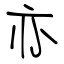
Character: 亦